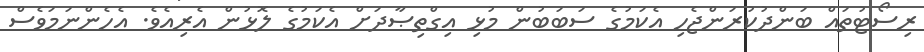
ރިސޯޓުތައް ބަންދުކުރަންޖެހި އެކަމުގެ ސަބަބުން މުޅި އިގްތިޞާދަށް އެކަމުގެ ލޮޅުން އެރިއެވެ. އެހެންނަމަވެސް